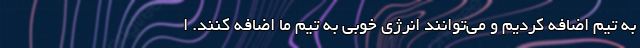
به تیم اضافه کردیم و می‌توانند انرژی خوبی به تیم ما اضافه کنند. ا